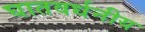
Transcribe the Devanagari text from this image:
घातवर्धनीय